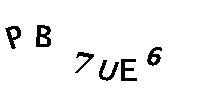
PB7UE6